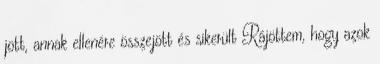
jött, annak ellenére összejött és sikerült Rájöttem, hogy azok